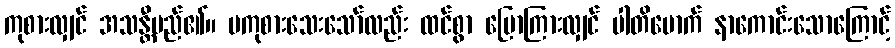
ကုစားလျှင် အသန္တီမည်၏။ မကုစားသေးသော်လည်း ထင်စွာ ပြောကြားလျှင် ပါတိမောက် နာကောင်းသောကြောင့်